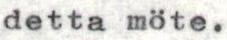
detta möte.